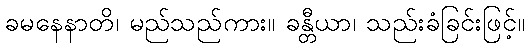
ခမနေနာတိ၊ မည်သည်ကား။ ခန္တီယာ၊ သည်းခံခြင်းဖြင့်။